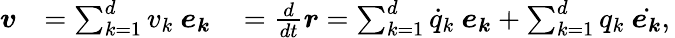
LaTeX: {\begin{array}{rlr}{{\boldsymbol{v}}}&{=\sum_{k=1}^{d}v_{k}\ {\boldsymbol{e_{k}}}\, }&{={\frac{d}{dt}}{\boldsymbol{r}}=\sum_{k=1}^{d}{\dot{q}}_{k}\ {\boldsymbol{e_{k}}}+\sum_{k=1}^{d}q_{k}\ {\dot{\boldsymbol{e_{k}}}},\, }\end{array}}